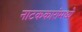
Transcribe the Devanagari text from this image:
नाटककारांमध्ये